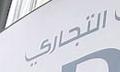
التجاركي